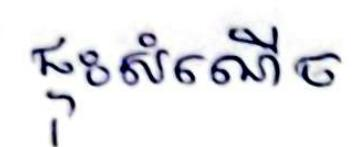
ផ្ទុះសំណើច